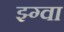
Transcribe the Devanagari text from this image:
झ्ग्वा